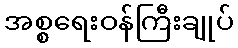
အစ္စရေးဝန်ကြီးချုပ်